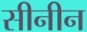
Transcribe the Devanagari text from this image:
सीनीन